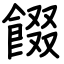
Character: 餟